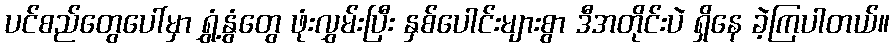
ပင်စည်တွေပေါ်မှာ ရွှံ့နွံတွေ ဖုံးလွှမ်းပြီး နှစ်ပေါင်းများစွာ ဒီအတိုင်းပဲ ရှိနေ ခဲ့ကြပါတယ်။